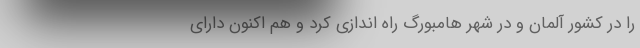
را در کشور آلمان و در شهر هامبورگ راه اندازی کرد و هم اکنون دارای